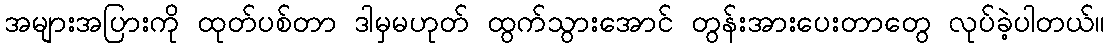
အများအပြားကို ထုတ်ပစ်တာ ဒါမှမဟုတ် ထွက်သွားအောင် တွန်းအားပေးတာတွေ လုပ်ခဲ့ပါတယ်။